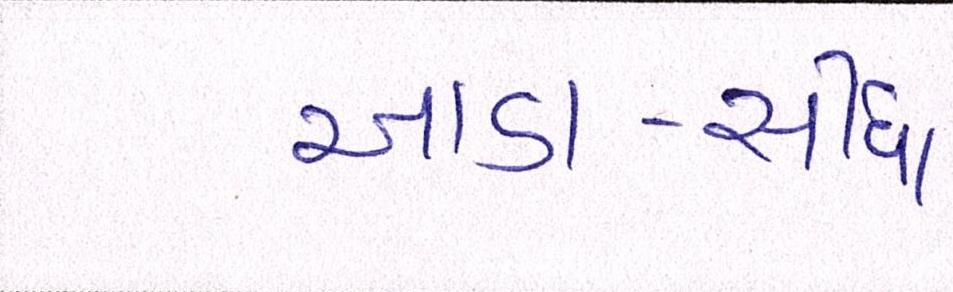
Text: આડા-સીધા